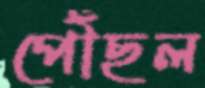
পৌঁছল